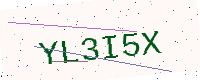
Text: YL3I5X